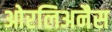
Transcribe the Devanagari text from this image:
ओरलिअनैस